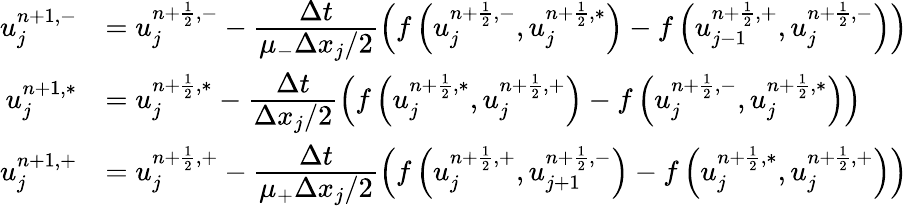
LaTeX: \begin{array}{rl}{u_{j}^{n+1,-}}&{=u_{j}^{n+\frac{1}{2},-}-\cfrac{\Delta t}{\mu_{-}\Delta x_{j}/2}\left(f\left(u_{j}^{n+\frac{1}{2},-},u_{j}^{n+\frac{1}{2},\ast}\right)-f\left(u_{j-1}^{n+\frac{1}{2},+},u_{j}^{n+\frac{1}{2},-}\right)\right)}\\ {u_{j}^{n+1,\ast}}&{=u_{j}^{n+\frac{1}{2},\ast}-\cfrac{\Delta t}{\Delta x_{j}/2}\left(f\left(u_{j}^{n+\frac{1}{2},\ast},u_{j}^{n+\frac{1}{2},+}\right)-f\left(u_{j}^{n+\frac{1}{2},-},u_{j}^{n+\frac{1}{2},\ast}\right)\right)}\\ {u_{j}^{n+1,+}}&{=u_{j}^{n+\frac{1}{2},+}-\cfrac{\Delta t}{\mu_{+}\Delta x_{j}/2}\left(f\left(u_{j}^{n+\frac{1}{2},+},u_{j+1}^{n+\frac{1}{2},-}\right)-f\left(u_{j}^{n+\frac{1}{2},\ast},u_{j}^{n+\frac{1}{2},+}\right)\right)}\end{array}